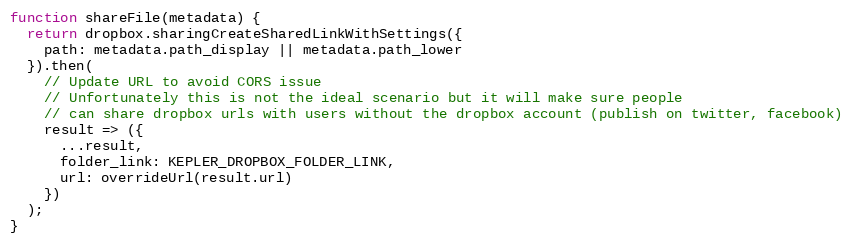
Language: JavaScript
function shareFile(metadata) {
  return dropbox.sharingCreateSharedLinkWithSettings({
    path: metadata.path_display || metadata.path_lower
  }).then(
    // Update URL to avoid CORS issue
    // Unfortunately this is not the ideal scenario but it will make sure people
    // can share dropbox urls with users without the dropbox account (publish on twitter, facebook)
    result => ({
      ...result,
      folder_link: KEPLER_DROPBOX_FOLDER_LINK,
      url: overrideUrl(result.url)
    })
  );
}